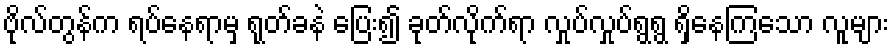
ဗိုလ်တွန်က ရပ်နေရာမှ ရုတ်ခနဲ ပြေး၍ ခုတ်လိုက်ရာ လှုပ်လှုပ်ရွရွ ရှိနေကြသော လူများ